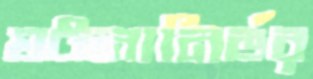
ঘটনানির্ভর